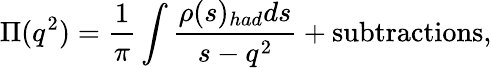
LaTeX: \Pi(q^{2})=\frac{1}{\pi}\int\frac{\rho(s)_{had}ds}{s-q^{2}}+\mathrm{subtractions},